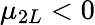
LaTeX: \mu_{2L}<0